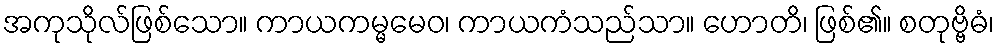
အကုသိုလ်ဖြစ်သော။ ကာယကမ္မမေဝ၊ ကာယကံသည်သာ။ ဟောတိ၊ ဖြစ်၏။ စတုဗ္ဗိဓံ၊